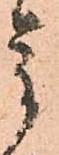
重